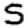
Digit: 5